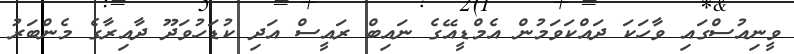
ވީނިއުސްގައި ވާހަކަ ދައްކަވަމުން އެމްޑީއޭގެ ނައިބް ރައީސް އަދި ކުޑަހުވަދޫ ދާއިރާގެ މެންބަރު